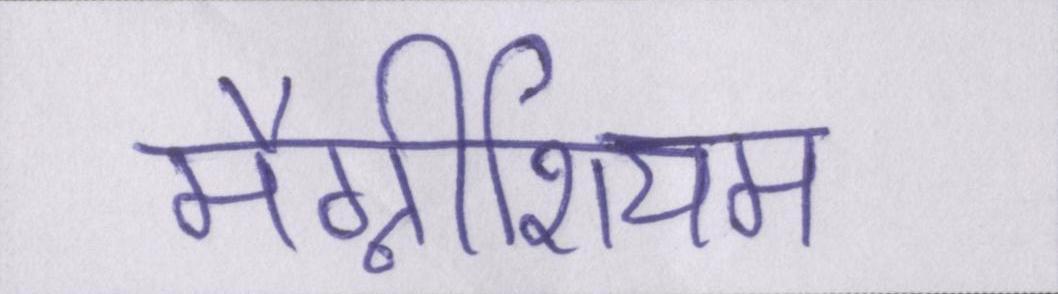
मैग्नीशियम